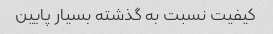
کیفیت نسبت به گذشته بسیار پایین